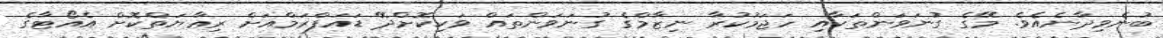
ބުނެވިދާނެއެވެ. މޭގެ ގުނަވަންތަކާއި ހަޖަމުކުރާ ނިޒާމްގެ ގުނަވަންތައް ވަކިކޮށްދޭ ޑައަފްރަމްއަށް ރިޢާޔަތްކޮށް އެއޯޓާގެ